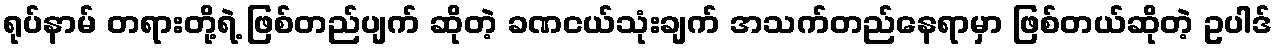
ရုပ်နာမ် တရားတို့ရဲ့ ဖြစ်တည်ပျက် ဆိုတဲ့ ခဏငယ်သုံးချက် အသက်တည်နေရာမှာ ဖြစ်တယ်ဆိုတဲ့ ဥပါဒ်